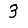
Digit: 3